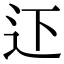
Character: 𨑜